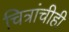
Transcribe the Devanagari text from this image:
चित्रांचीही